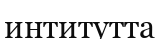
интитутта